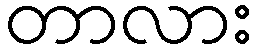
တာလား